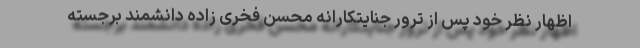
اظهار نظر خود پس از ترور جنایتکارانه محسن فخری زاده دانشمند برجسته